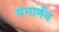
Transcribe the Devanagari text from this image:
मंगार्णव